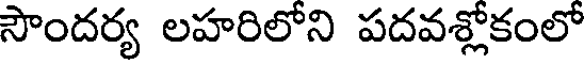
సౌందర్య లహరిలోని పదవశ్లోకంలో